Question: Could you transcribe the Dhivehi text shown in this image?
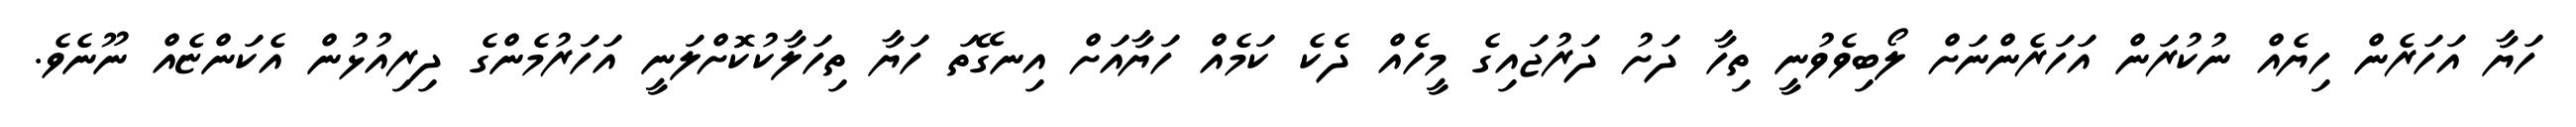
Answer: ހަޔާ އަހަރެން ހިޔެއް ނުކުރަން އަހަރެންނަށް ލޯބިވެވުނީ ތިހާ ދަށު ދަރުޖައިގެ މީހެއް ދެކެ ކަމެއް ހަޔާއަށް އިނގޭތަ ހަޔާ ތިހަލާކުކޮށްލަނީ އަހަރުމެންގެ ދިރިއުޅުން އެކަންޏެއް ނޫނެވެ.